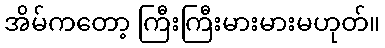
အိမ်ကတော့ ကြီးကြီးမားမားမဟုတ်။